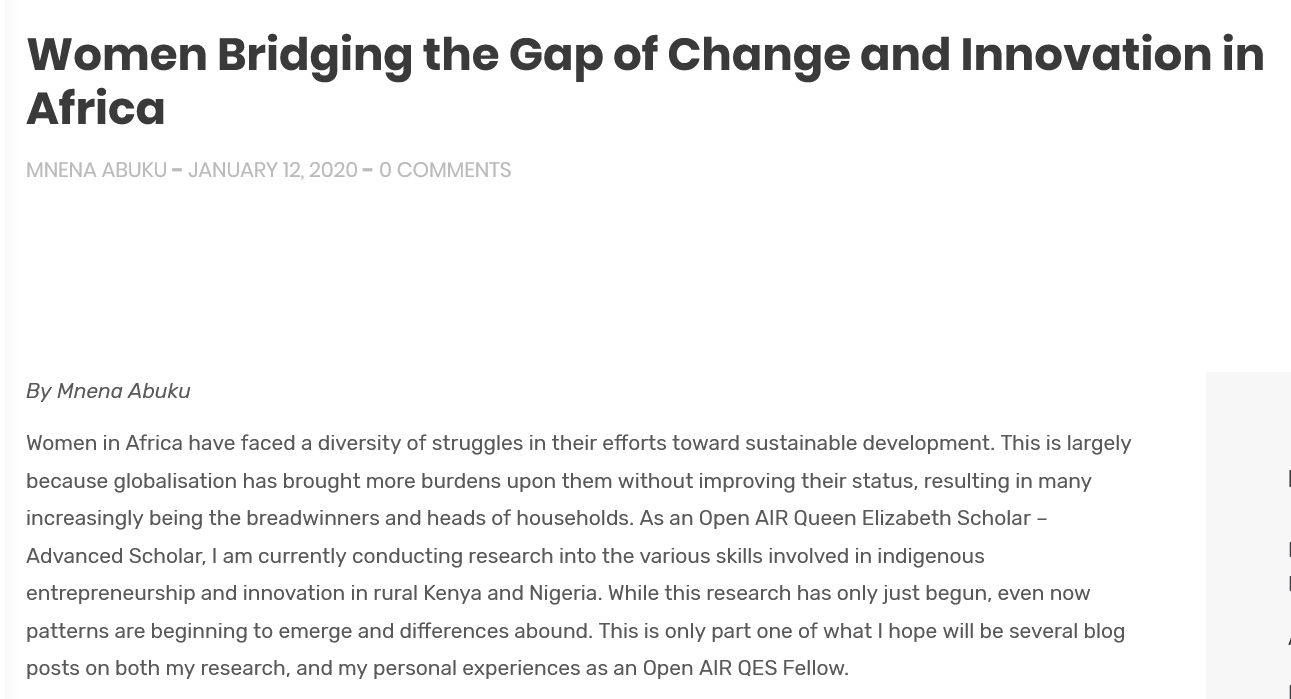
Women    Bridging    the    Gap    of  Change    and    Innovation    in
   Africa
   MNENA  ABUKU = JANUARY 12, 2020 - O COMMENTS.
   By Mnena Abuku
   Women in Africa have faced a diversity of struggles in their efforts toward sustainable development. This is largely
   because globalisation has brought more burdens upon them without improving their status, resulting in many
   increasingly being the breadwinners and heads of households. As an Open AIR Queen Elizabeth Scholar
     -
   Advanced Scholar, | am currently conducting research into the various skills involved in indigenous
   entrepreneurship and innovation in rural Kenya and Nigeria. While this research has only just begun, even now
   patterns are beginning to emerge and differences abound. This is only part one of what | hope will be several blog
   posts on both my research, and my personal experiences as an Open AIR QES Fellow.